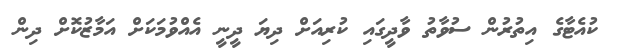
ކުއެޓާގެ އިތުރުން ސުވާތު ވާދީގައި ކުރިއަށް ދިޔަ ދީނީ އެއްވުމަކަށް އަމާޒުކޮށް ދިން